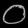
Digit: ၀